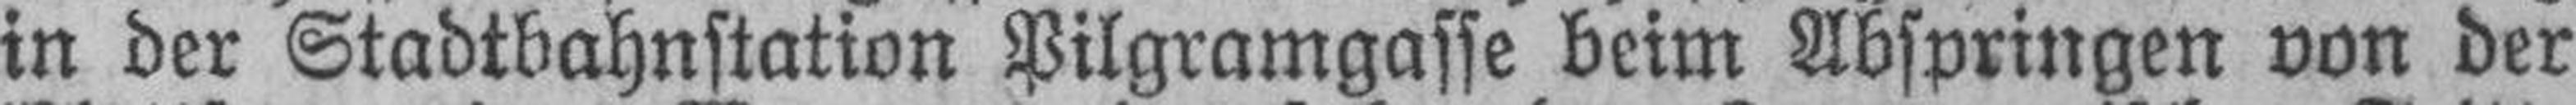
in der Stadtbahnstation Pilgramgasse beim Abspringen von der